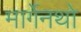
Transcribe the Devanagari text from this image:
मार्गेनथो